Insane asylums in Bengal annual reports 1876-1887 - 1876-1887
Year: 1876
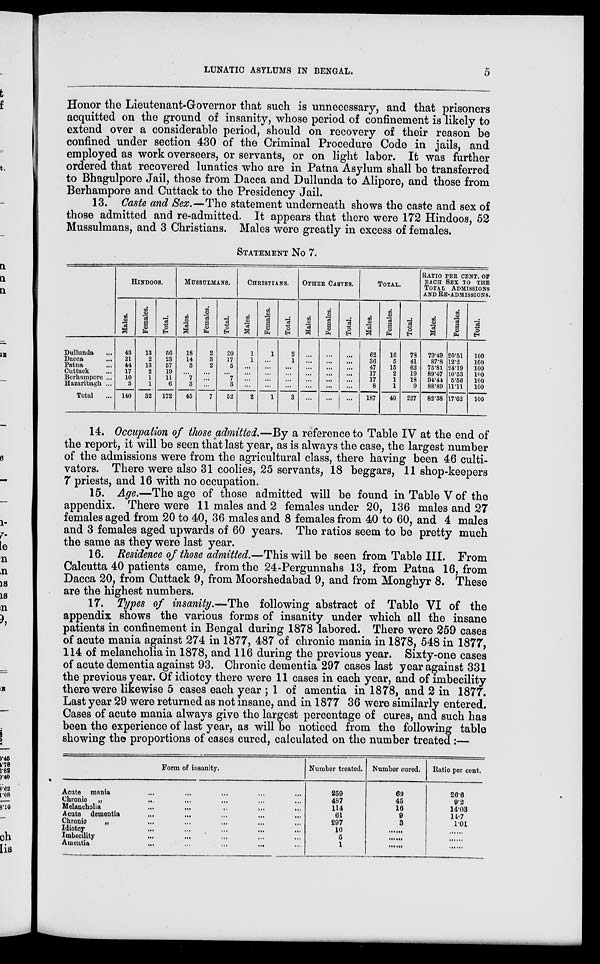
LUNATIC ASYLUMS IN BENGAL.
5
Honor the Lieutenant-Governor that such is unnecessary, and that prisoners
acquitted on the ground of insanity, whose period of confinement is likely to
extend over a considerable period, should on recovery of their reason be
confined under section 430 of the Criminal Procedure Code in jails, and
employed as work overseers, or servants, or on light labor. It was further
ordered that recovered lunatics who are in Patna Asylum shall be transferred
to Bhagulpore Jail, those from Dacca and Dullunda to Alipore, and those from
Berhampore and Cuttack to the Presidency Jail.
13. Caste and Sex.—The statement underneath shows the caste and sex of
those admitted and re-admitted. It appears that there were 172 Hindoos, 52
Mussulmans, and 3 Christians. Males were greatly in excess of females.
STATEMENT No 7.
Dullunda ...
Dacca ...
Patna ...
Cuttack ...
Berhampore ...
Hazaribagh ...
Total ...
HINDOOS.
Males.
43
21
44
17
10
5
140
Females.
13
2
13
2
1
1
32
Total.
56
23
57
19
11
6
172
MUSSULMANS.
Males.
18
14
3
...
7
3
45
Females.
2
3
2
...
...
...
7
Total.
20
17
5
...
7
3
52
CHRISTIANS.
Males.
1
1
...
...
...
...
2
Females.
1
...
...
...
...
...
1
Total.
2
1
...
...
...
...
3
OTHER CASTES.
Males.
...
...
...
...
...
...
...
Females.
...
...
...
...
...
...
...
Total.
...
...
...
...
...
...
...
TOTAL.
Males.
62
36
47
17
17
8
187
Females.
16
5
15
2
1
1
40
Total.
78
41
62
19
18
9
227
RATIO PER CENT. OF
EACH SEX TO THE
TOTAL ADMISSIONS
AND RE-ADMISSIONS.
Males.
79.49
87.8
75.8l
89.47
94.44
88.89
82.38
Females.
20.51
12.2
24.19
10.53
5.56
11.11
17.62
Total.
100
100
100
100
100
100
100
14. Occupation of those admitted.—By a reference to Table IV at the end of
the report, it will be seen that last year, as is always the case, the largest number
of the admissions were from the agricultural class, there having been 46 culti-
vators. There were also 31 coolies, 25 servants, 18 beggars, 11 shop-keepers
7 priests, and 16 with no occupation.
15. Age.—The age of those admitted will be found in Table V of the
appendix. There were 11 males and 2 females under 20, 136 males and 27
females aged from 20 to 40, 36 males and 8 females from 40 to 60, and 4 males
and 3 females aged upwards of 60 years. The ratios seem to be pretty much
the same as they were last year.
16. Residence of those admitted.—This will be seen from Table III. From
Calcutta 40 patients came, from the 24-Pergunnahs 13, from Patna 16, from
Dacca 20, from Cuttack 9, from Moorshedabad 9, and from Monghyr 8. These
are the highest numbers.
17. Types of insanity.—The following abstract of Table VI of the
appendix shows the various forms of insanity under which all the insane
patients in confinement in Bengal during 1878 labored. There were 259 cases
of acute mania against 274 in 1877, 487 of chronic mania in 1878, 548 in 1877,
114 of melancholia in 1878, and 116 during the previous year. Sixty-one cases
of acute dementia against 93. Chronic dementia 297 cases last year against 331
the previous year. Of idiotcy there were 11 cases in each year, and of imbecility
there were likewise 5 cases each year ; 1 of amentia in 1878, and 2 in 1877.
Last year 29 were returned as not insane, and in 1877 36 were similarly entered.
Cases of acute mania always give the largest percentage of cures, and such has
been the experience of last year, as will be noticed from the following table
showing the proportions of cases cured, calculated on the number treated:—
Form of insanity.
Acute mania ... ... ... ... ...
Chronic „ ... ... ... ... ...
Melancholia ... ... ... ... ...
Acute dementia ... ... ... ... ...
Chronic
„ ... ... ... ... ...
Idiotcy ... ... ... ... ...
Imbecility ... ... ... ... ...
Amentia
...
...
...
... ...
Number treated.
259
487
114
61
297
10
5
1
Number cured.
69
45
16
9
3
......
......
......
Ratio per cent.
26.6
9.2
14.03
14.7
1.01
......
......
......